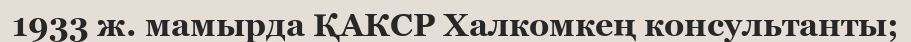
1933 ж. мамырда ҚАКСР Халкомкең консультанты;